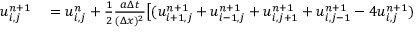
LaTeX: \begin{array} { r l } { u _ { i , j } ^ { n + 1 } } & { { } = u _ { i , j } ^ { n } + { \frac { 1 } { 2 } } { \frac { a \Delta t } { ( \Delta x ) ^ { 2 } } } { \big [ } ( u _ { i + 1 , j } ^ { n + 1 } + u _ { i - 1 , j } ^ { n + 1 } + u _ { i , j + 1 } ^ { n + 1 } + u _ { i , j - 1 } ^ { n + 1 } - 4 u _ { i , j } ^ { n + 1 } ) } \end{array}